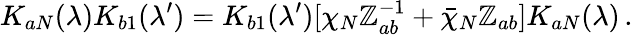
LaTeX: K_{aN}(\lambda)K_{b1}(\lambda^{\prime})=K_{b1}(\lambda^{\prime})[\chi_{N}\mathbb{Z}_{ab}^{-1}+\bar{{\chi}}_{N}\mathbb{Z}_{ab}]K_{aN}(\lambda)\, .